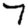
Digit: 7